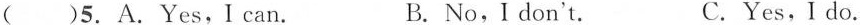
( )5. A.Yes,I can. B.No, I don't. C.Yes,I do.